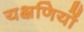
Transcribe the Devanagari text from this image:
यक्षणियों